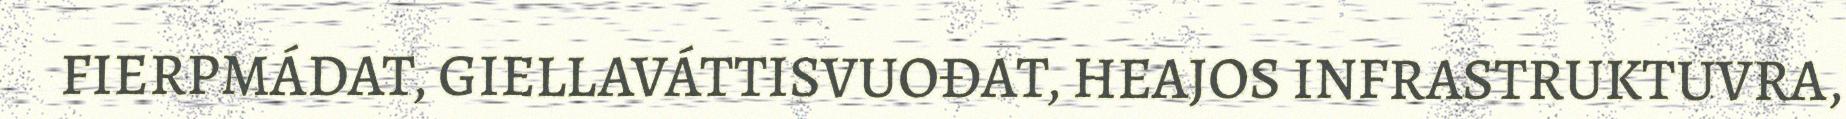
FIERPMÁDAT, GIELLAVÁTTISVUOĐAT, HEAJOS INFRASTRUKTUVRA,